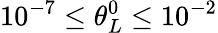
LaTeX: {{10}^{-7}}\le\theta_{L}^{0}\le{{10}^{-2}}